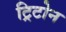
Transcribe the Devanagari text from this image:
ट्रिटोन